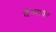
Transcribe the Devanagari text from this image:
वैश्न्पायन